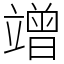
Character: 竲